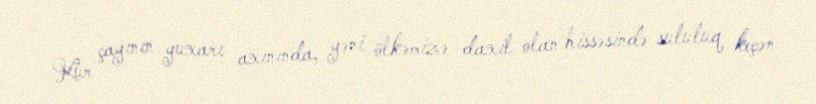
Kür çayının yuxarı axınında, yəni ölkəmizə daxil olan hissəsində sululuq keçən